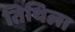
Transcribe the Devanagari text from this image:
तिथिला